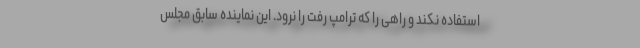
استفاده نکند و راهی را که ترامپ رفت را نرود. این نماینده سابق مجلس